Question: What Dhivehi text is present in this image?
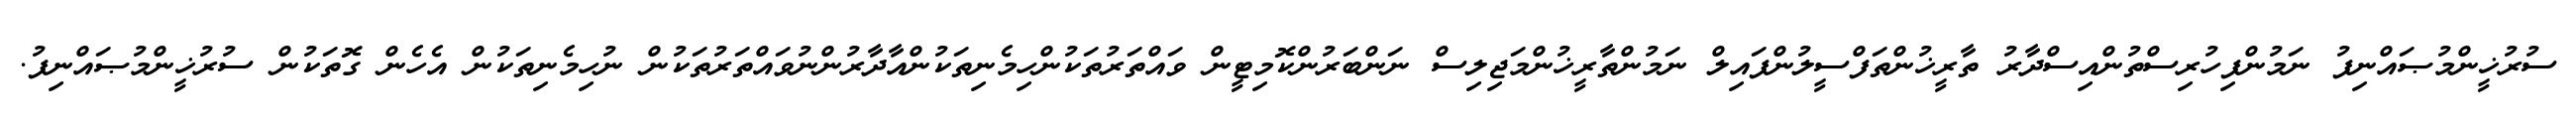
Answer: ސުރުޚީންމުޞައްނިފު ނަމުންފިހުރިސްތުންއިސްދާރު ތާރީޚުންތަފްސީލުންފައިލް ނަމުންތާރީޚުންމަޖިލިސް ނަންބަރުންކޮމިޓީން ވައްތަރުތަކުންހިމެނިތަކުންއާދާރުންނުވައްތަރުތަކުން ނުހިމެނިތަކުން އެހެން ގޮތަކުން ސުރުޚީންމުޞައްނިފު.